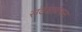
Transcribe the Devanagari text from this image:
संदेशावरून